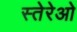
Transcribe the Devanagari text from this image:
स्तेरेओ